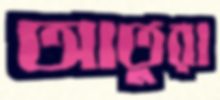
আতুরা